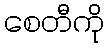
စေတီကို